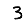
Digit: 3